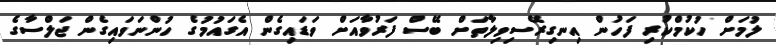
ލުމަށް ހުކުމްކުރި ފަހުން އިނގިރޭސިވިލާތަށް ބޭސް ފަރުވާއަށް ވަޑައިގެން އެގައުމުގެ ހުންނަވައިގެން ޖަލްސާގެ